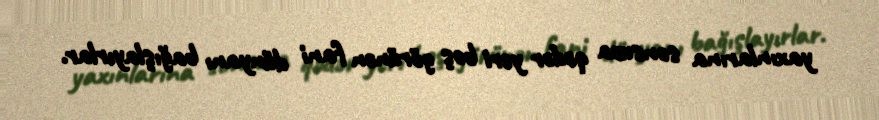
yaxınlarına sonsuza qədər yeri boş görünən fani dünyanı bağışlayırlar.